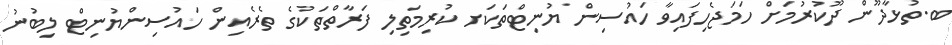
ބ.ތުޅާދޫން ދޫކުރުމަށް ހަމަޖެހިފައިވާ ހައުސިން ޔުނިޓްތަކަށ ކުރިމަތިލި ފަރާތްތަކުގެ ތެރެއިން ހައުސިންޔުނިޓް ލިބުނު